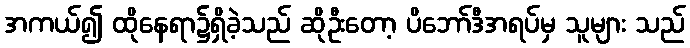
အကယ်၍ ထိုနေရာ၌ရှိခဲ့သည် ဆိုဦးတော့ ပိဘော်ဒီအရပ်မှ သူများ သည်